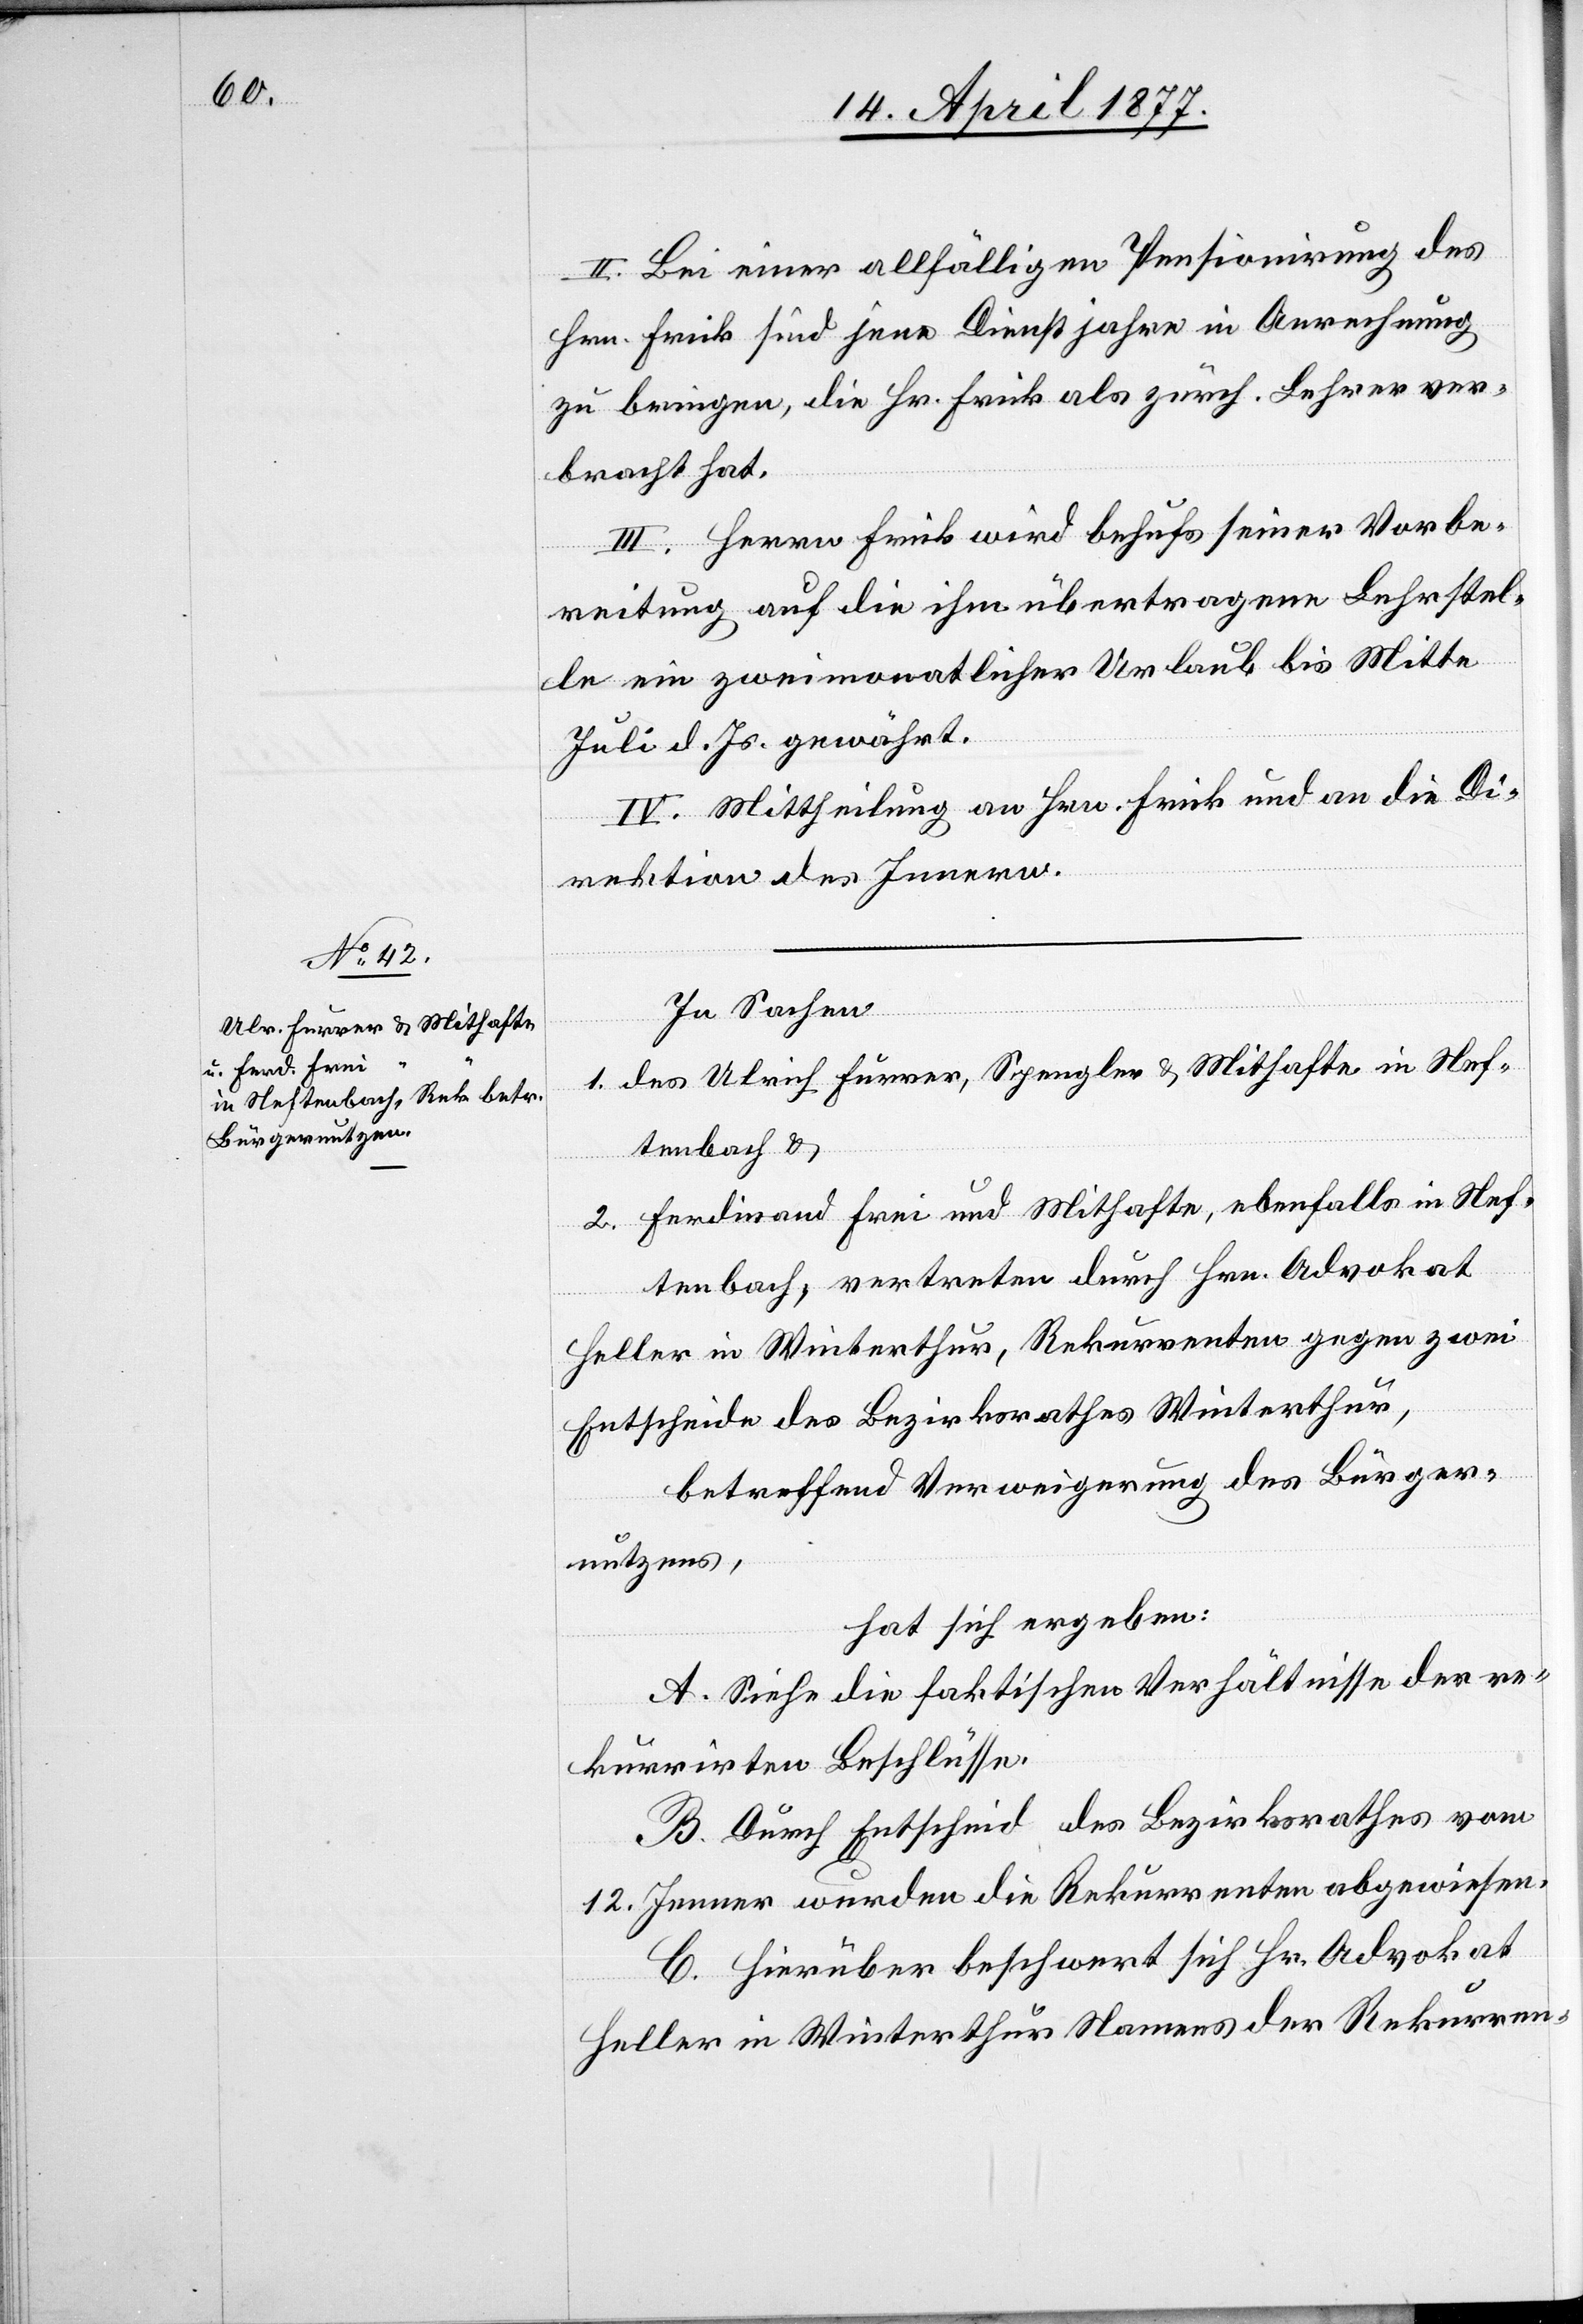
II. Bei einer allfälligen Pensionirung des
Hrn. Frick sind jene Dienstjahre in Anrechnung
zu bringen, die Hr. Frick als zürch. Lehrer ver¬
bracht hat.
III. Herrn Frick wird behufs seiner Vorbe¬
reitung auf die ihm übertragene Lehrstel¬
le ein zweimonatlicher Urlaub bis Mitte
Juli d. Js. gewährt.
IV. Mittheilung an Hrn. Frick und an die Di¬
rektion des Innern.
In Sachen
1. des Ulrich Furrer, Spengler & Mithafte in Nef¬
tenbach &
2. Ferdinand Frei und Mithafte, ebenfalls in Nef¬
tenbach, vertreten durch Hrn. Advokat
Heller in Winterthur, Rekurrenten gegen zwei
Entscheide des Bezirksrathes Winterthur,
betreffend Verweigerung des Bürger¬
nutzens,
hat sich ergeben:
A. Siehe die faktischen Verhältnisse der re¬
kurrirten Beschlüsse.
B. Durch Entscheid des Bezirksrathes vom
12. Jenner wurden die Rekurrenten abgewiesen.
C. Hierüber beschwert sich Hr. Advokat
Heller in Winterthur Namens der Rekurren-